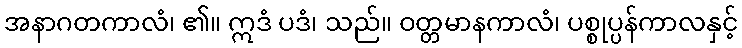
အနာဂတကာလံ၊ ၏။ ဣဒံ ပဒံ၊ သည်။ ဝတ္တမာနကာလံ၊ ပစ္စုပ္ပန်ကာလနှင့်